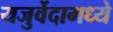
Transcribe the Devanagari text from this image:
यजुर्वेदामध्ये